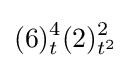
(6)_{t}^{4}(2)_{t^{2}}^{2}